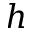
h